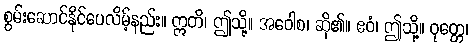
စွမ်းဆောင်နိုင်ပေလိမ့်နည်း။ ဣတိ၊ ဤသို့။ အဝေါစ၊ ဆို၏။ ဧဝံ၊ ဤသို့။ ဝုတ္တေ၊